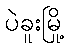
ပဲခူးမြို့